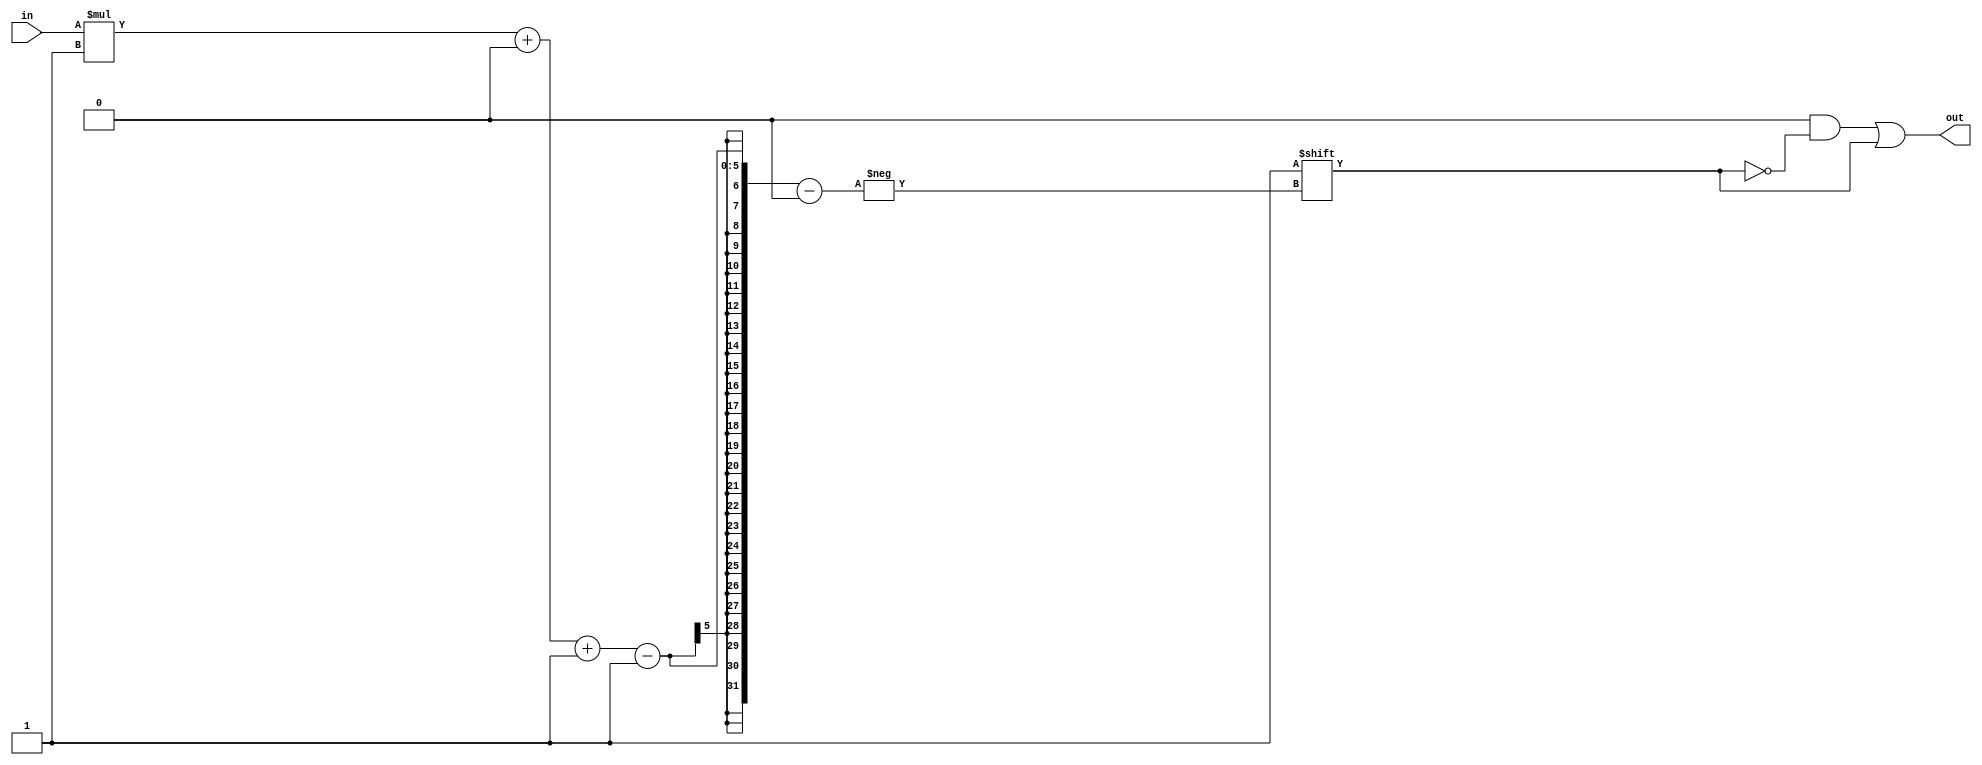
/*
   This file was generated automatically by the Mojo IDE version B1.3.6.
   Do not edit this file directly. Instead edit the original Lucid source.
   This is a temporary file and any changes made to it will be destroyed.
*/

/*
   Parameters:
     WIDTH = DIGIT_BITS
*/
module decoder_7 (
    input [1:0] in,
    output reg [3:0] out
  );
  
  localparam WIDTH = 2'h2;
  
  
  always @* begin
    out = 1'h0;
    out[(in)*1+0-:1] = 1'h1;
  end
endmodule